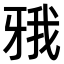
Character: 𤘋